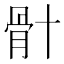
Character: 𮪦